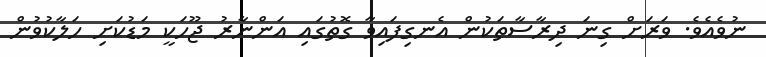
ނުވެއެވެ. ވަރަށް ގިނަ ދިރާސާތަކުން އެނގިފައިވާ ގޮތުގައި އަންނާރު ޖޫހަކީ މަޑުކަށި ހަލާކުވުން